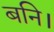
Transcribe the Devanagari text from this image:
बनि।